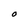
Character: O